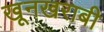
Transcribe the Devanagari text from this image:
खूनखराबी